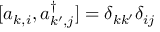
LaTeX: [ a _ { k , i } , a _ { k ^ { \prime } , j } ^ { \dagger } ] = \delta _ { k k ^ { \prime } } \delta _ { i j }